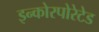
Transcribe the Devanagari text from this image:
इन्कोरपोरेटेड